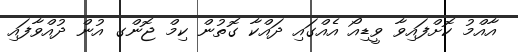
އާއްމު ކޮށްފައިވާ ވީޑިއޯ އެއްގައި ދައްކާ ގޮތުން ކިމް ޖޮންގ އުން ދުއްވާފައި